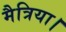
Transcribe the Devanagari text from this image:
मैत्रिया।